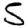
Digit: 5